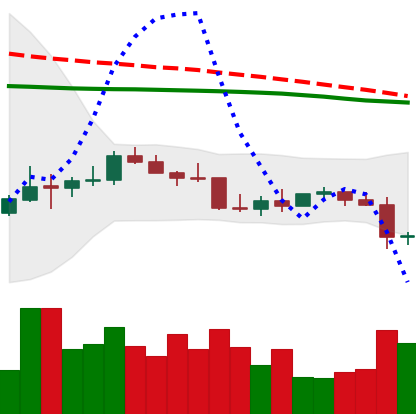
Ticker: LTC-USD
Chart end date: 2022-01-06
Forward return: -3.633%
Label: down_3_5